Indian Medical Review
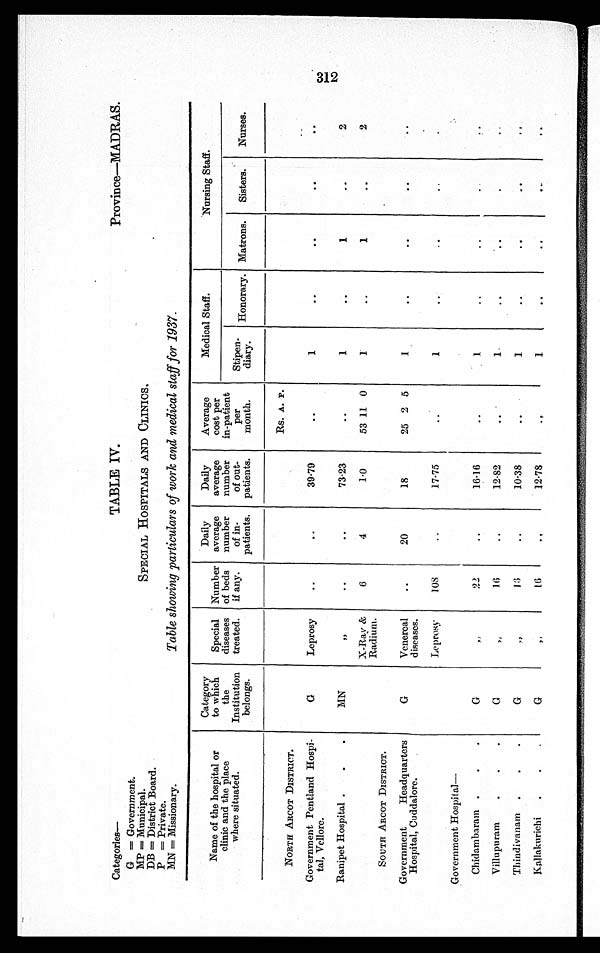
Categories—
TABLE IV.
Province—MADRAS.
G=
Government.
MP=Municipal.
SPECIAL HOSPITALS AND CLINICS.
DB = District Board.
P = Private.
MN = Missionary.
Table showing particulars of work and medical staff for 1937.
Name of the hospital or
clinic and the place
where situated.
Category
to which
the
Institution
belongs.
Special
diseases
treated.
Number
of beds
if any.
Daily
average
number
of in-
patients.
Daily
average
number
of out-
patients.
Average
cost per
in-patient
per
month.
Medical Staff.
Nursing Staff.
Stipen-
diary.
Honorary. Matrons.
Sisters.
Nurses.
Rs. A. P.
NORTH ARCOT DISTRICT.
Government Pentland Hospi-
tal, Vellore.
G
Leprosy
..
..
39·79
..
1
..
..
..
. .
Ranipet Hospital
MN
,,
..
..
73·23
..
1
..
1
..
2
X-Ray &
Radium.
6
4
1.0
53 11 0
I
..
1
..
2
SOUTH ARCOT DISTRICT.
•
Government Headquarters
Hospital, Cuddalore.
G
Venereal
diseases.
..
2 0
18
25 2 5
..
..
..
. .
Leprosy
108
..
17·75
..
1
Government Hospital—
Chidambaram
G
, ,
22
..
16·16
..
..
..
. .
..
Villupu ram
G
, ,
16
..
12·82
..
1
. .
. .
..
..
Thindivanam
G
,,
1 3
. . . . 10·38
..
1
..
. .
. . •
. .
Kallakurichi
G
, ,
16
. .
12·78
1
1
. .
. .
. .
. .